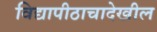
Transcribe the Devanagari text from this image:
विद्यापीठाचादेखील